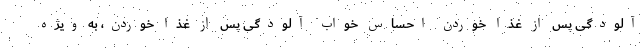
آلودگی پس از غذا خوردن احساس خواب آلودگی پس از غذا خوردن، به ویژه